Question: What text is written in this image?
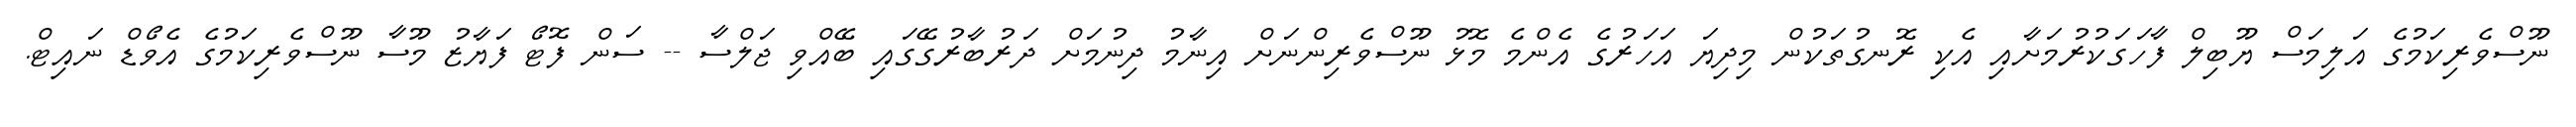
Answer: ނޫސްވެރިކަމުގެ އަލިމަސް ޔޫބިލް ފާހަގަކުރުމަށާއި އެކި ރޮނގުތަކުން މިދިޔަ އަހަރުގެ އެންމެ މޮޅު ނޫސްވެރިންނަށް އިނާމު ދިނުމަށް ދަރުބާރުގޭގައި ބޭއްވި ޖަލްސާ -- ސަން ފޮޓޯ ފަޔާޒު މޫސާ ނޫސްވެރިކަމުގެ އެވޯޑް ނައިޓް.